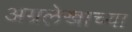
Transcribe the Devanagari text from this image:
अग्रलेखाच्या